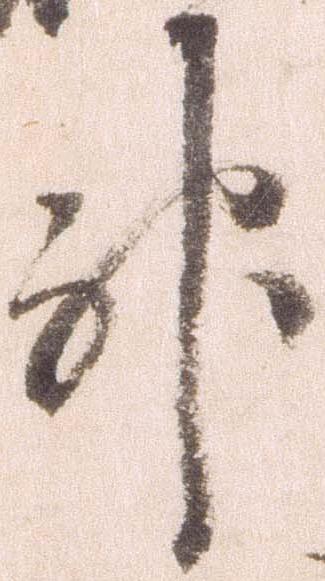
神